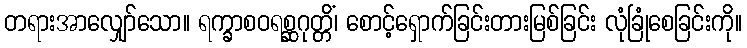
တရားအာလျှော်သော။ ရက္ခာစဝရစ္ဆဂုတ္တိံ၊ စောင့်ရှောက်ခြင်းတားမြစ်ခြင်း လုံခြုံစေခြင်းကို။